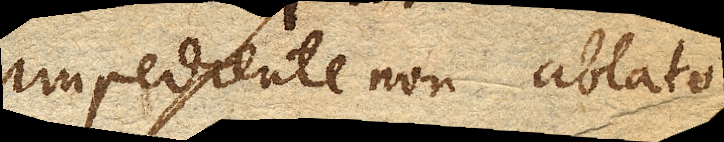
impediente non ablato